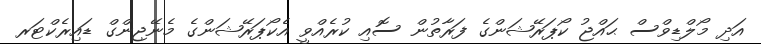
އަދި މޯލްޑިވްސް ޙައްޖު ކޯޕަރޭޝަންގެ ފަރާތުން ސޮއި ކުރެއްވީ އެކޯޕަރޭޝަންގެ މެނޭޖިންގް ޑައިރެކްޓަރ